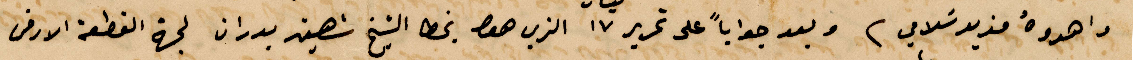
واهدوه مزيد سلامي وبعد جوابًا على تحرير ١٧ الذي هو بخط الشيخ شهين بدران لجهة القطعة الأرض